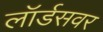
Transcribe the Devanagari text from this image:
लॉर्डसवर